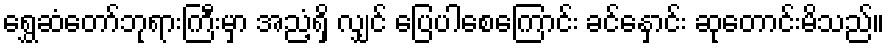
ရွှေဆံတော်ဘုရားကြီးမှာ အညံ့ရှိ လျှင် ပြေပါစေကြောင်း ခင်နှောင်း ဆုတောင်းမိသည်။